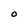
Character: O